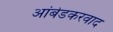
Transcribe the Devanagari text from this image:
अांबेडकरवाद